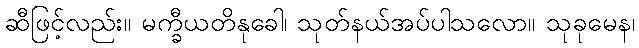
ဆီဖြင့်လည်း။ မက္ခီယတိနုခေါ၊ သုတ်နယ်အပ်ပါသလော။ သုခုမေန၊